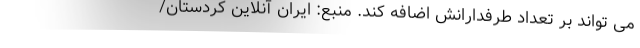
می تواند بر تعداد طرفدارانش اضافه کند. منبع: ایران آنلاین کردستان/